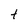
Character: t